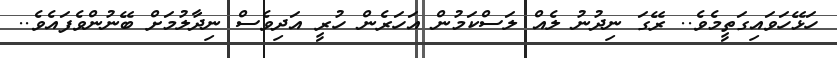
ހަޅޭހަވައިގަތީމެވެ.. ރޭގަ ނިދުނު ލެއް ލަސްކަމުން އަހަރެން ހުރީ އަދިވެސް ނިދާލުމަށް ބޭނުންވެފައެވެ..